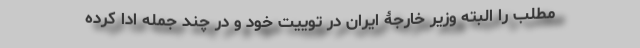
مطلب را البته وزیر خارجۀ ایران در توییت خود و در چند جمله ادا کرده